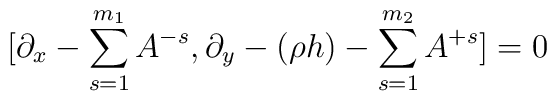
[\partial_x-\sum_{s=1}^{m_1} A^{-s},\partial_y-(\rho h)-\sum_{s=1}^{m_2} A^{+s}]=0